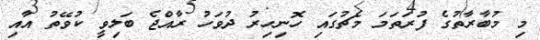
މި މުބާރާތުގެ ފުރަތަމަ މެޗުގައި ހޮނިހިރު ދުވަހު ރާއްޖެ ބަލިވީ ކުވޭތު އާއި